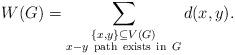
LaTeX: \begin{align*} W(G)=\sum_{\substack{\{x,y\}\subseteq V(G)\\ x-y {\rm \ path\ exists\ in\ }G}} d(x,y).\end{align*}